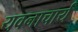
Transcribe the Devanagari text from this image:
यवनाचार्य